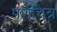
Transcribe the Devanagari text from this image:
पर्णचित्र